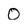
Character: 0